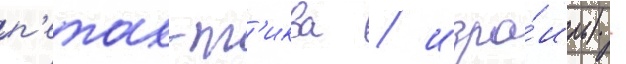
п'етах-т'иква / изра́иль) -